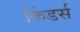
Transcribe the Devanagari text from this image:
किंडर्स